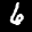
Label: 6